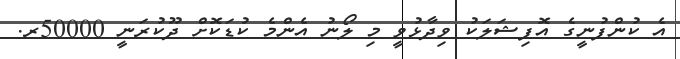
އެ ކުންފުނީގެ އޮފިޝަލަކު ވިދާޅުވީ މި ލޯނު އެންމެ ކުޑަކޮށް ދޫކުރަނީ 50000ރ.